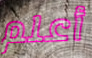
أعلم